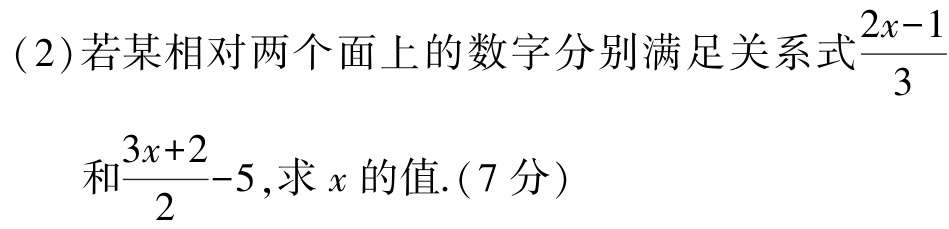
(2)若某相对两个面上的数字分别满足关系式$\frac{2x - 1}{3}$和$\frac{3x + 2}{2}-5$,求$x$的值.(7分)